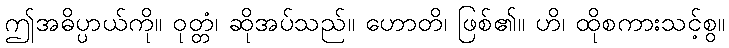
ဤအဓိပ္ပာယ်ကို။ ဝုတ္တံ၊ ဆိုအပ်သည်။ ဟောတိ၊ ဖြစ်၏။ ဟိ၊ ထိုစကားသင့်စွ။